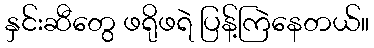
နှင်းဆီတွေ ဖရိုဖရဲ ပြန့်ကြဲနေတယ်။